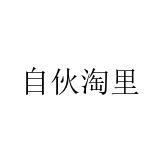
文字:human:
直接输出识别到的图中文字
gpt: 自伙淘里